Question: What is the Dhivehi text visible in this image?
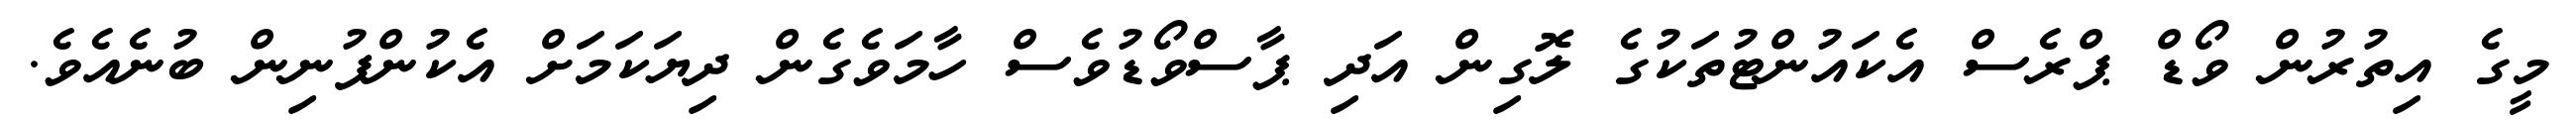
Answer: މީގެ އިތުރުން ވޯޑް ޕްރެސް އެކައުންޓުތަކުގެ ލޮގިން އަދި ޕާސްވޯޑުވެސް ހާމަވެގެން ދިޔަކަމަށް އެކުންފުނިން ބުނެއެވެ.